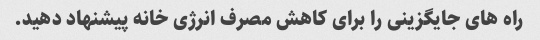
راه های جایگزینی را برای کاهش مصرف انرژی خانه پیشنهاد دهید.